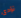
تؤدى